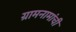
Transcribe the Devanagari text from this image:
ग्रामनामांची